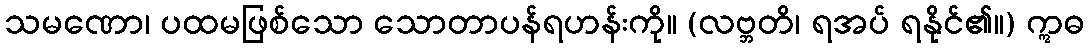
သမဏော၊ ပထမဖြစ်သော သောတာပန်ရဟန်းကို။ (လဗ္ဘတိ၊ ရအပ် ရနိုင်၏။) ဣဓ